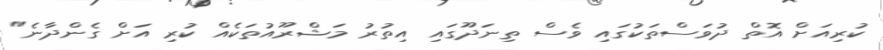
ކުރިއަށް އޮތް ދުވަސްތަކުގައި ވެސް ތިނަދޫގައި އިތުރު މަޝްރޫއުތަކެއް ކުރި އަށް ގެންދާނެ"